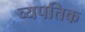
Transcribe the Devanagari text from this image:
व्यपतिक